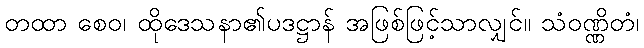
တထာ စေဝ၊ ထိုဒေသနာ၏ပဒဋ္ဌာန် အဖြစ်ဖြင့်သာလျှင်။ သံဝဏ္ဏိတံ၊